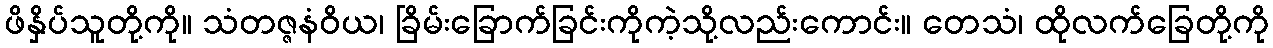
ဖိနှိပ်သူတို့ကို။ သံတဇ္ဇနံဝိယ၊ ခြိမ်းခြောက်ခြင်းကိုကဲ့သို့လည်းကောင်း။ တေသံ၊ ထိုလက်ခြေတို့ကို